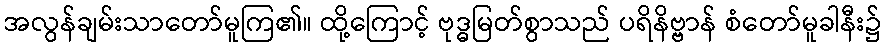
အလွန်ချမ်းသာတော်မူကြ၏။ ထို့ကြောင့် ဗုဒ္ဓမြတ်စွာသည် ပရိနိဗ္ဗာန် စံတော်မူခါနီး၌